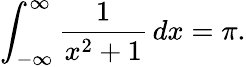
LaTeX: \int_{-\infty}^{\infty}{\frac{1}{x^{2}+1}}\, dx=\pi.